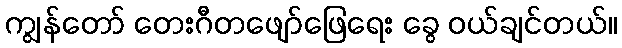
ကျွန်တော် တေးဂီတဖျော်ဖြေရေး ခွေ ဝယ်ချင်တယ်။